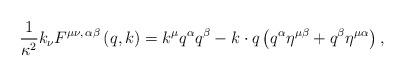
LaTeX: \begin{align*}{\frac {1}{\kappa^2}}k_\nu F^{\mu \nu ,\,\alpha \beta }\left( q,k\right)=k^\mu q^\alpha q^\beta -k\cdot q\left( q^\alpha \eta ^{\mu \beta }+q^\beta\eta ^{\mu \alpha }\right) ,\end{align*}